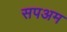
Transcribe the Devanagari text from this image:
सपअम